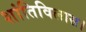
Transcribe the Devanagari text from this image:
शांतिविलास।